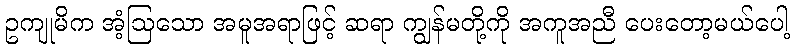
ဥကျုမိက အံ့ဩသော အမူအရာဖြင့် ဆရာ ကျွန်မတို့ကို အကူအညီ ပေးတော့မယ်ပေါ့